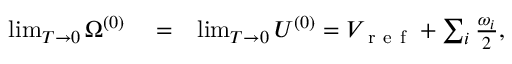
\begin{array} { r l r } { \operatorname* { l i m } _ { T \to 0 } \Omega ^ { ( 0 ) } } & { { } = } & { \operatorname* { l i m } _ { T \to 0 } U ^ { ( 0 ) } = V _ { \mathrm { ~ r ~ e ~ f ~ } } + \sum _ { i } \frac { \omega _ { i } } { 2 } , } \end{array}